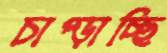
চাপ্‌ড়াচ্ছি